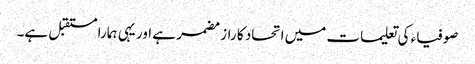
صوفیاء کی تعلیمات میں اتحاد کا راز مضمر ہے اور یہی ہمارا مستقبل ہے۔